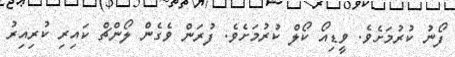
ފޯނު ކުރުމަށެވެ. ވީޑިއޯ ކޯލް ކުރުމަށެވެ. ފުރަން ވެގެން ލޯންޗް ކައިރި ކުރިއިރު